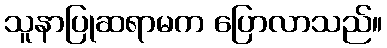
သူနာပြုဆရာမက ပြောလာသည်။